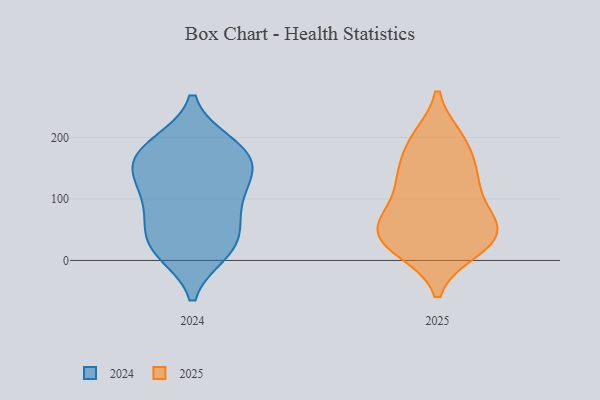
{"axis": {"x": "Churn Rate (%)", "y": "Value"}, "legend": ["2024", "2025"], "data": [{"x": "", "y": 134, "type": "2025"}, {"x": "", "y": 40, "type": "2025"}, {"x": "", "y": 63, "type": "2025"}, {"x": "", "y": 190, "type": "2025"}, {"x": "", "y": 130, "type": "2025"}, {"x": "", "y": 62, "type": "2025"}, {"x": "", "y": 141, "type": "2025"}, {"x": "", "y": 77, "type": "2025"}, {"x": "", "y": 79, "type": "2025"}, {"x": "", "y": 198, "type": "2025"}, {"x": "", "y": 25, "type": "2025"}, {"x": "", "y": 22, "type": "2025"}, {"x": "", "y": 49, "type": "2025"}, {"x": "", "y": 17, "type": "2025"}, {"x": "", "y": 31, "type": "2025"}, {"x": "", "y": 197, "type": "2025"}, {"x": "", "y": 136, "type": "2025"}, {"x": "", "y": 71, "type": "2024"}, {"x": "", "y": 183, "type": "2024"}, {"x": "", "y": 20, "type": "2024"}, {"x": "", "y": 14, "type": "2024"}, {"x": "", "y": 157, "type": "2024"}, {"x": "", "y": 162, "type": "2024"}, {"x": "", "y": 77, "type": "2024"}, {"x": "", "y": 189, "type": "2024"}, {"x": "", "y": 28, "type": "2024"}, {"x": "", "y": 90, "type": "2024"}, {"x": "", "y": 135, "type": "2024"}, {"x": "", "y": 26, "type": "2024"}, {"x": "", "y": 183, "type": "2024"}, {"x": "", "y": 141, "type": "2024"}, {"x": "", "y": 122, "type": "2024"}]}